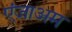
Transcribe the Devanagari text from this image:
एंजाअम